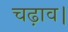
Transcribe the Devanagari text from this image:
चढ़ाव।